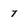
Character: 7